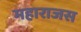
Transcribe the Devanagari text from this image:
महाराजस